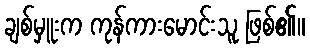
ချစ်မှူးက ကုန်ကားမောင်းသူ ဖြစ်၏။